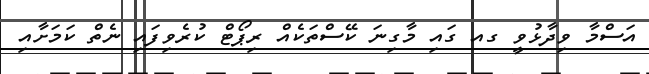
އަސްމާ ވިދާޅުވީ ގއ ގައި މާގިނަ ކޭސްތަކެއް ރިޕޯޓް ކުރެވިފައި ނެތް ކަމަށާއި